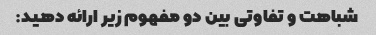
شباهت و تفاوتی بین دو مفهوم زیر ارائه دهید: